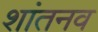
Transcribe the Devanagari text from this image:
शांतनव